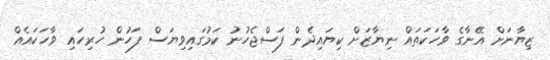
ޒިޔާނަށް އޭނާގެ ވާހަކަތައް ނިޔާޒަށް ކިޔައިދެން ފަސްޖެހުނު ކަމުގައިވިޔަސް ފަހުން ހުރިހައި ވާހަކައެއް